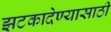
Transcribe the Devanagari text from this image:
झटकादेण्यासाठी